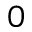
0